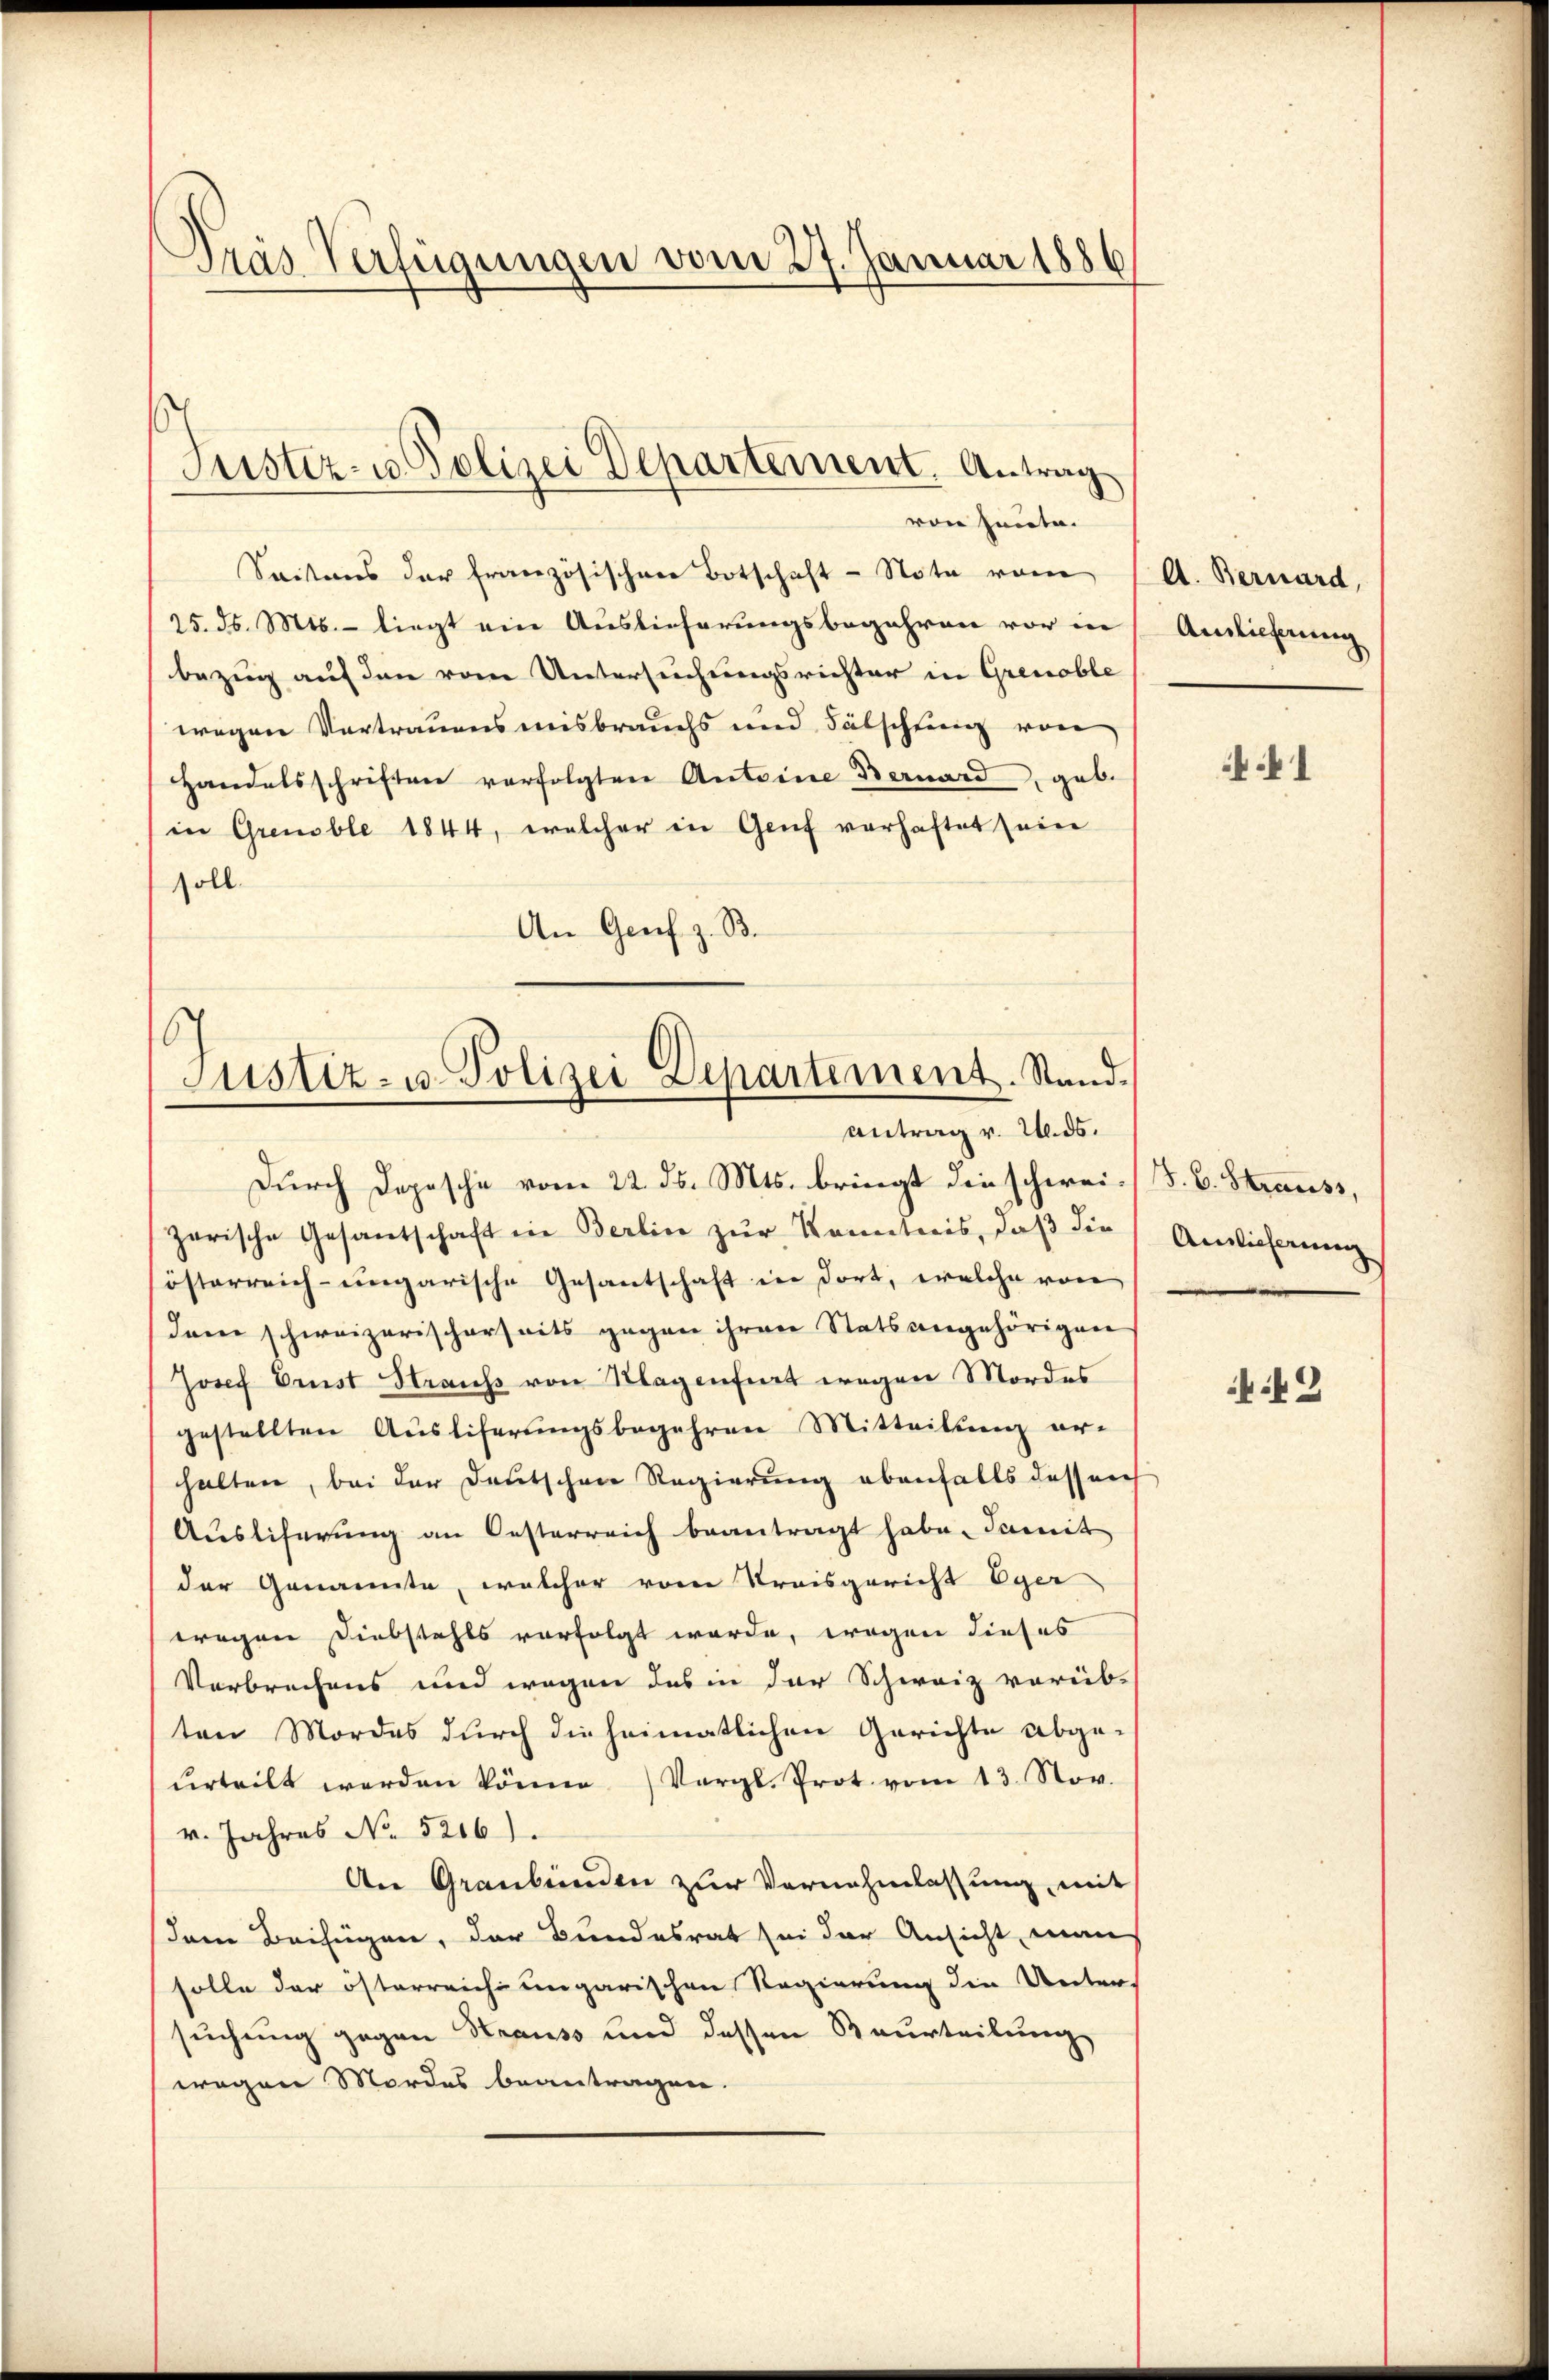
Pras Verfügungen vom 27. Januar 1886

von heute.
Saitens der französischen Botschaft - Note vom (A. Bernard,
25. ds. Mts. - liegt ein Auslieferungsbegehren vor in
bezug auf den vom Untersuchungsrichter in Grenoble
wegen Vertrauensmisbrauchs und Fälschtung von
Handelsschriften verfolgten Antoine Bernard, geb.
in Grenoble 1844, welcher in Genf vorhaftet seine
soll.
An Genf z. B.

Justiz- u. Polizei Departement. Antrag

.
Justiz- u. Polizei Departement. Stand.
Antrag v. 2. ds.

Durch Depesche vom 22. ds. Mts. bringt die schwei. B. C. Strauss,
zerische Gesantschaft in Berlin zur Kenntnis, daß die
österreich-ungarische Gesantschaft in dort, welche von
dan schweizerischerseits gegen ihren Stats angehörigen
Josef Brust Straus von Klagenfert wegen Mordes
gestellten Ausliferungsbegehren Mitteilung er-
halten, bei der Deutschen Regierung ebenfalls dessen
Ausliferŭng an Oesterreich beantragt habe. Damit
der Genannte, welcher vom Kreisgericht Eger
wregen Diebstahls vorfolgt werde, wogen dieses
Verbrechens und wegen des in der Schweiz vorüb-
ten Mordes durch die heimatlichen Gerichte abgeŭrteilt werden könne. Vergl. Prot. vom 13. Nov.
v. Jahres No 5216).
An Graubünden zur Vornahmlassung, mit
dem Beifügen, der Bundesrat sei der Ansicht, man
solle der österreich ungarischen Regierung die Unter-
suchung gegen Strauss und dessen Beurteilung
wegen Mordes beantragen.

Auslieferung

Auslieferung

43